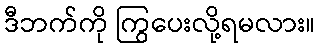
ဒီဘက်ကို ကြွပေးလို့ရမလား။